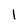
Character: l